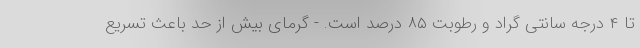
تا ۴ درجه سانتی گراد و رطوبت ۸۵ درصد است. - گرمای بیش از حد باعث تسریع